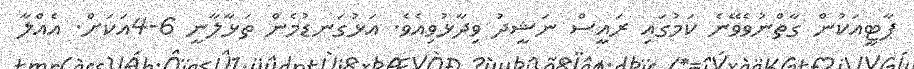
ޕާޓީއަކުން ގާތްނުވެވޭނެ ކަމުގައި ރައީސް ނަޝީދު ވިދާޅުވިއެވެ. އަޅުގަނޑުމެން ތަޅާލާނީ 6-4އަކަށް. އެއްލާ